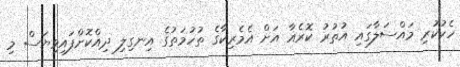
ހެކުކުރި މައްސަލާގައި އުތުރު ކޮރެއާ އަށް އެމެރިކާގެ ތުހުމަތުގެ އިނގިލި ދިއްކޮށްފައިވިޔަސް މި